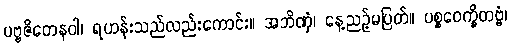
ပဗ္ဗဇိတေနဝါ၊ ရဟန်းသည်လည်းကောင်း။ အဘိဏှံ၊ နေ့ညဉ့်မပြတ်။ ပစ္စဝေက္ခိတဗ္ဗံ၊